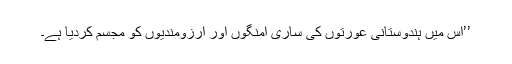
’’اس میں ہندوستانی عورتوں کی ساری امنگوں اور آرزومندیوں کو مجسم کردیا ہے۔